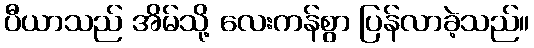
ပီယာသည် အိမ်သို့ လေးကန်စွာ ပြန်လာခဲ့သည်။